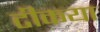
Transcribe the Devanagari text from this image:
टीकया